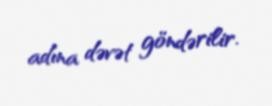
adına dəvət göndərilir.